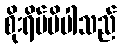
စိုးရိမ်မိပါသည်